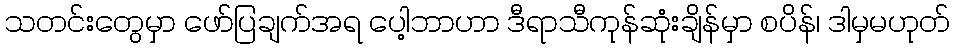
သတင်းတွေမှာ ဖော်ပြချက်အရ ပေါ့ဘာဟာ ဒီရာသီကုန်ဆုံးချိန်မှာ စပိန်၊ ဒါမှမဟုတ်